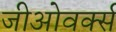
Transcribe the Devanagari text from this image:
जीओवर्क्स